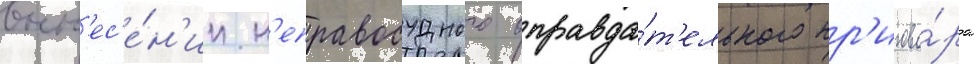
вын'ес'е́н'ии н'еправосудного оправда́т'ельного пр'игово́ра